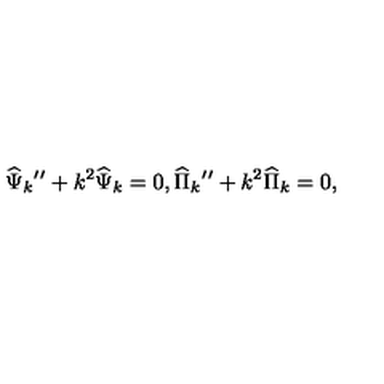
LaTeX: { \widehat \Psi } _ { k } { ' ^ { \prime } } + k ^ { 2 } { \widehat \Psi } _ { k } = 0 , { \widehat \Pi } _ { k } { ' ^ { \prime } } + k ^ { 2 } { \widehat \Pi } _ { k } = 0 ,